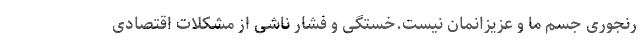
رنجوری جسم ما و عزیزانمان نیست.خستگی و فشار ناشی از مشکلات اقتصادی